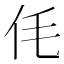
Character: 𠇔